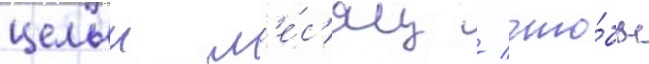
целыи м'е́с'яц / что́бы